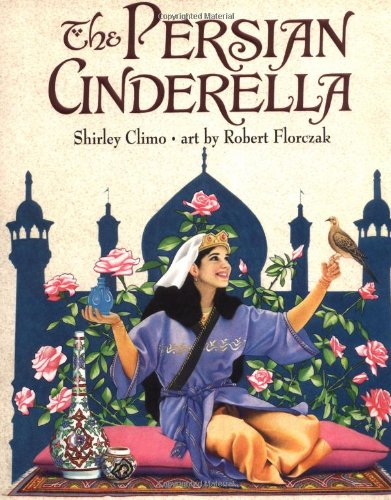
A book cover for The Persian Cinderella; Shirley Climo; Children's Books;